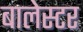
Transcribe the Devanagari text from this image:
बालेस्टर